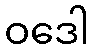
ဝဒေါ